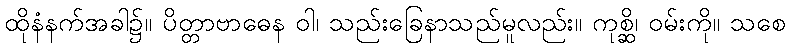
ထိုနံနက်အခါ၌။ ပိတ္တာဗာဓေန ဝါ၊ သည်းခြေနာသည်မူလည်း။ ကုစ္ဆိ၊ ဝမ်းကို။ သစေ